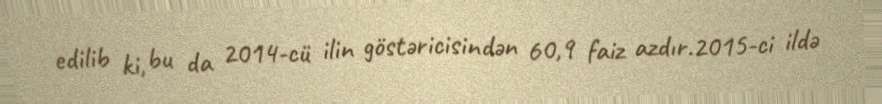
edilib ki, bu da 2014-cü ilin göstəricisindən 60,9 faiz azdır.2015-ci ildə